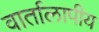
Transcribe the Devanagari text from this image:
वार्तालापीय